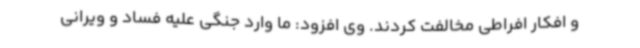
و افکار افراطی مخالفت کردند. وی افزود: ما وارد جنگی علیه فساد و ویرانی